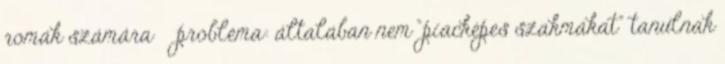
romák számára  probléma: általában nem “piacképes szakmákat” tanulnak